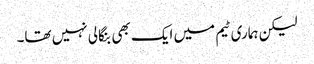
لیکن ہماری ٹیم میں ایک بھی بنگالی نہیں تھا۔